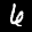
Label: 6